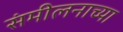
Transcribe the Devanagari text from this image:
संमीलनाच्या